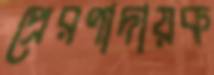
প্রেরণাদায়ক